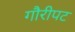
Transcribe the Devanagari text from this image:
गौरीपट